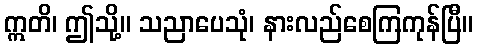
ဣတိ၊ ဤသို့။ သညာပေသုံ၊ နားလည်စေကြကုန်ပြီ။